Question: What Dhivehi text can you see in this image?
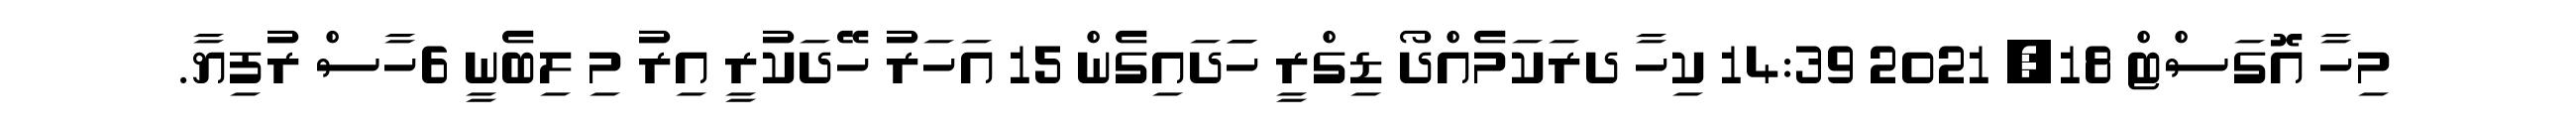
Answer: މިހާ އޮގަސްޓް 18, 2021 14:39 ކިހާ ދރަކަމެއްދޯ ޑިގްރީ ހަަދައިގެން 15 އަހަރު ހޭދަކުރީ އިރު މި ލިބެނީ 6ހާސް ރުފިޔާ.